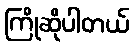
ကြိုဆိုပါတယ်